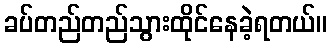
ခပ်တည်တည်သွားထိုင်နေခဲ့ရတယ်။